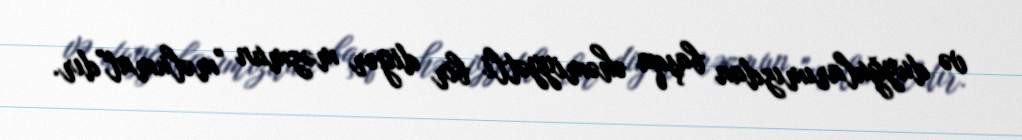
və duyğularımızdan başqa əhəmiyyətli bir digər məzmun "məlumat"dır.